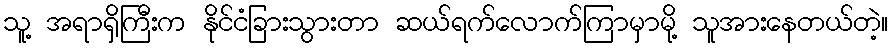
သူ့ အရာရှိကြီးက နိုင်ငံခြားသွားတာ ဆယ်ရက်လောက်ကြာမှာမို့ သူအားနေတယ်တဲ့။